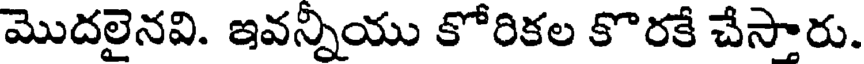
మొదలైనవి. ఇవన్నియు కోరికల కొరకే చేసారు.